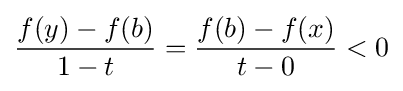
{\frac {f(y)-f(b)}{1-t}}={\frac {f(b)-f(x)}{t-0}}<0